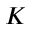
K